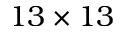
1 3 \times 1 3